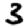
Digit: 3